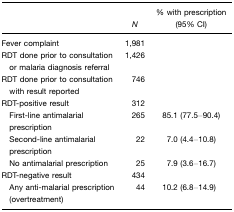
<table><thead><tr><td></td><td><b><i>N</i></b></td><td><b>% with prescription (95% CI)</b></td></tr></thead><tbody><tr><td>Fever complaint</td><td>1,981</td><td></td></tr><tr><td>RDT done prior to consultation or malaria diagnosis referral</td><td>1,426</td><td></td></tr><tr><td>RDT done prior to consultation with result reported</td><td>746</td><td></td></tr><tr><td>RDT-positive result</td><td>312</td><td></td></tr><tr><td> First-line antimalarial prescription</td><td>265</td><td>85.1 (77.5–90.4)</td></tr><tr><td> Second-line antimalarial prescription</td><td>22</td><td>7.0 (4.4–10.8)</td></tr><tr><td> No antimalarial prescription</td><td>25</td><td>7.9 (3.6–16.7)</td></tr><tr><td>RDT-negative result</td><td>434</td><td></td></tr><tr><td> Any anti-malarial prescription (overtreatment)</td><td>44</td><td>10.2 (6.8–14.9)</td></tr></tbody></table>